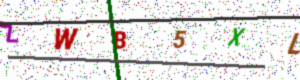
Text: ZWB5XL